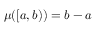
\mu ( [ a , b ) ) = b - a